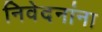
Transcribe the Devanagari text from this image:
निवेदनांना